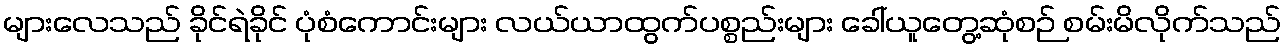
များလေသည် ခိုင်ရဲခိုင် ပုံစံကောင်းများ လယ်ယာထွက်ပစ္စည်းများ ခေါ်ယူတွေ့ဆုံစဉ် စမ်းမိလိုက်သည်